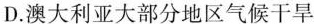
D. 澳大利亚大部分地区气候干旱